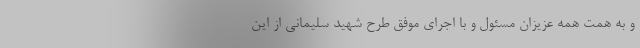
و به همت همه عزیزان مسئول و با اجرای موفق طرح شهید سلیمانی از این